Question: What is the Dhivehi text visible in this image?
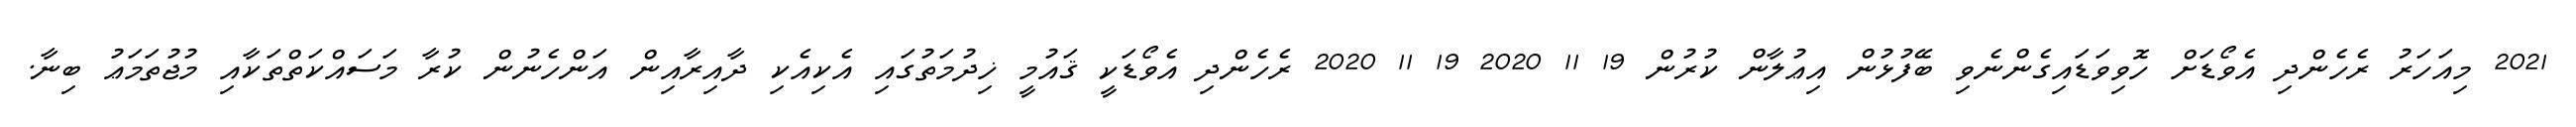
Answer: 2021 މިއަހަރު ރެހެންދި އެވޯޑަށް ހޮވިވަޑައިގެންނެވި ބޭފުޅުން އިޢުލާން ކުރުން 19 11 2020 19 11 2020 ރެހެންދި އެވޯޑަކީ ޤައުމީ ޚިދުމަތުގައި އެކިއެކި ދާއިރާއިން އަންހެނުން ކުރާ މަސައްކަތްތަކާއި މުޖުތަމަޢު ބިނާ.